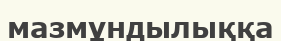
мазмұндылыққа